Scientific memoirs by medical officers of the Army of India - Part X,
Year: 1897
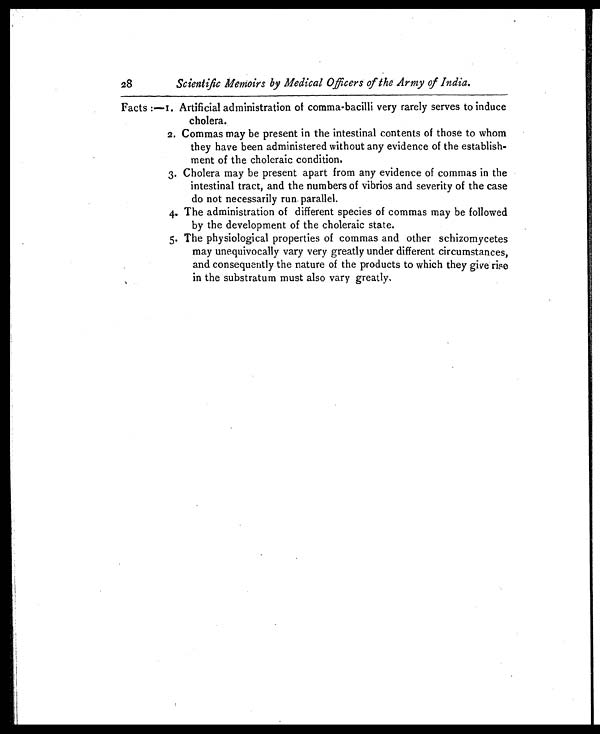
28
Scientific Memoirs by Medical Officers of the Army of India.
Facts :—1. Artificial administration of comma-bacilli very rarely serves to induce
cholera.
2. Commas may be present in the intestinal contents of those to whom
they have been administered without any evidence of the establish-
ment of the choleraic condition.
3. Cholera may be present apart from any evidence of commas in the
intestinal tract, and the numbers of vibrios and severity of the case
do not necessarily run- parallel.
4. The administration of different species of commas may be followed
by the development of the choleraic state.
5. The physiological properties of commas and other schizomycetes
may unequivocally vary very greatly under different circumstances,
and consequently the nature of the products to which they give rise
in the substratum must also vary greatly.